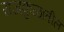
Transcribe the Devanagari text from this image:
राजकुळातील